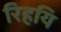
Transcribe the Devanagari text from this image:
रिहयि